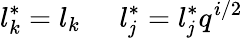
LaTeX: l_{k}^{\ast}=l_{k}\; \; \; \; \; l_{\mathit{j}}^{\ast}=l_{\mathit{j}}^{\ast}q^{i/2}